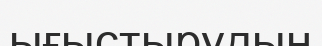
ығыстырудың